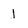
Character: 1